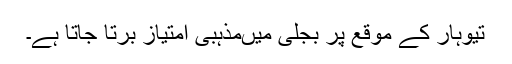
تیوہار کے موقع پر بجلی میںمذہبی امتیاز برتا جاتا ہے۔